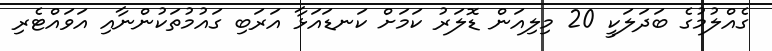
ގެއްލުމުގެ ބަދަލަކީ 20 މިލިއަން ޑޮލަރު ކަމަށް ކަނޑައަޅާ އަރަބި ގައުމުތަކުންނާއި އަވައްޓެރި